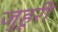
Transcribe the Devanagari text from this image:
जुहूरी